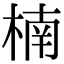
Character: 楠